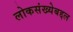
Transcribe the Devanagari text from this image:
लोकसंख्येबद्दल